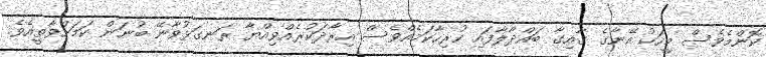
ކޮންމެވެސް މީހަކު އޭނާގެ ގާއިގާ ބައްދާލާފައި ހުރިހާކަމެއްވެސް އިރާދަކުރެއްވިއްޔާ ރަނގަޅުވާނޭ ބުނަން ކަމަށްވާތީއެވެ.